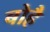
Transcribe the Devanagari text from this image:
बोहै